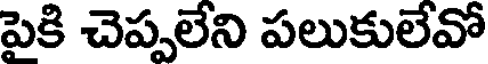
పెకి చెప్పలేని పలుకులేవో